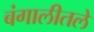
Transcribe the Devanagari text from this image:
बंगालीतले